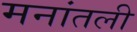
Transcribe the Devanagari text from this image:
मनांतली